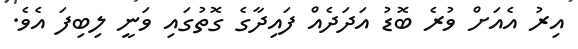
އިރު އެއަށް ވުރެ ބޮޑު އަދަދެއް ފައިދާގެ ގޮތުގައި ވަނީ ލިބިފަ އެވެ.